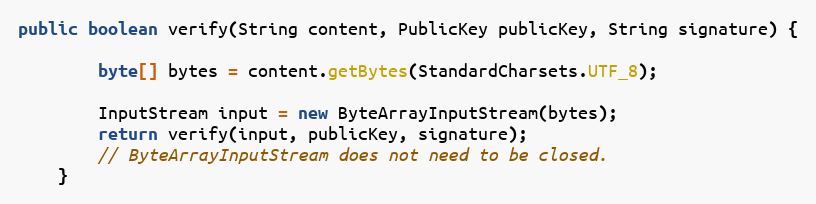
Language: Java
public boolean verify(String content, PublicKey publicKey, String signature) {

        byte[] bytes = content.getBytes(StandardCharsets.UTF_8);

        InputStream input = new ByteArrayInputStream(bytes);
        return verify(input, publicKey, signature);
        // ByteArrayInputStream does not need to be closed.
    }